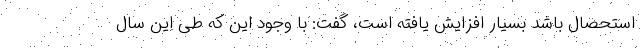
استحصال باشد بسیار افزایش یافته است، گفت: با وجود این که طی این سال